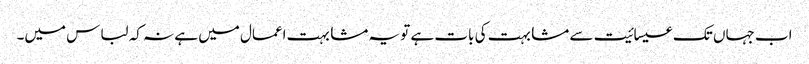
اب جہاں تک عیسائیت سے مشابہت کی بات ہے تو یہ مشابہت اعمال میں ہے نہ کہ لباس میں۔